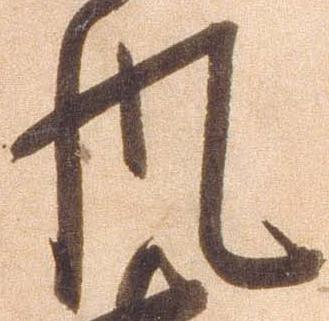
風